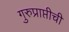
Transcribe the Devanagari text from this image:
गुरुप्राप्तीची